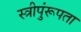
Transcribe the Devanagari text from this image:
स्त्रीपुंरूपता